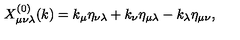
X _ { \mu \nu \lambda } ^ { ( 0 ) } ( k ) = k _ { \mu } \eta _ { \nu \lambda } + k _ { \nu } \eta _ { \mu \lambda } - k _ { \lambda } \eta _ { \mu \nu } ,